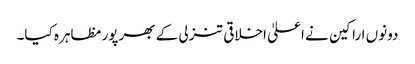
دونوں اراکین نے اعلیٰ اخلاقی تنزلی کے بھرپور مظاہرہ کیا۔